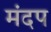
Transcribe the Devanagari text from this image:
मंदप